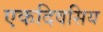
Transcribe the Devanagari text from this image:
एकदिवसिय